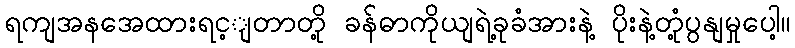
ရကျအနအေထားရင့ျတာတို့ ခန်ဓာကိုယျရဲ့ခုခံအားနဲ့ ပိုးနဲ့တုံ့ပွနျမှုပေါ့။